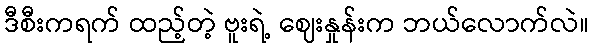
ဒီစီးကရက် ထည့်တဲ့ ဗူးရဲ့ ဈေးနှုန်းက ဘယ်လောက်လဲ။